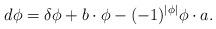
LaTeX: \begin{align*}d \phi=\delta \phi+b\cdot \phi-(-1)^{|\phi|}\phi\cdot a.\end{align*}